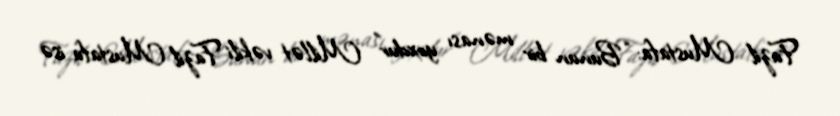
Fazil Mustafa: “Bunun bir mənası yoxdur” Millət vəkili Fazil Mustafa isə